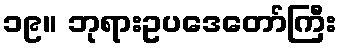
၁၉။ ဘုရားဥပဒေတော်ကြီး